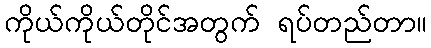
ကိုယ်ကိုယ်တိုင်အတွက် ရပ်တည်တာ။